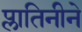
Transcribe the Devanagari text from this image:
प्लातिनीने